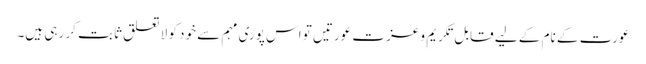
عورت کے نام کے لیے قابل تکریم و عزت عورتیں تو اس پوری مہم سے خود کو لا تعلق ثابت کر رہی ہیں۔